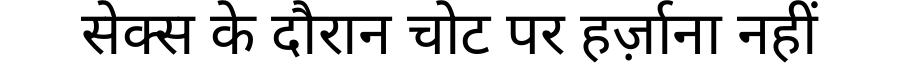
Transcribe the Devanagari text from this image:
सेक्स के दौरान चोट पर हर्ज़ाना नहीं